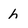
Character: h